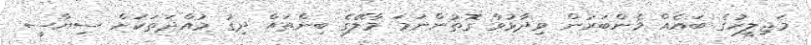
މަޖިލީހުގެ ބައެއް މެންބަރުން ވިދާޅުވާ ގޮތުންނަމަ މާލޭގެ ބިންތައް ދިގު މުއްދަތަކަށް ސިޔާސީ